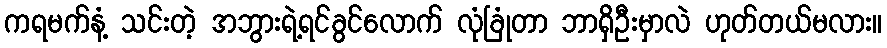
ကရမက်နံ့ သင်းတဲ့ အဘွားရဲ့ရင်ခွင်လောက် လုံခြုံတာ ဘာရှိဦးမှာလဲ ဟုတ်တယ်မလား။